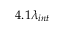
4 . 1 \lambda _ { i n t }